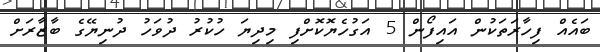
ބައެއް ފިހާރަތަކުން އައިފޯން 5 އަގުހެޔޮކޮށްފި މިދިޔަ ހުކުރު ދުވަހު ދުނިޔޭގެ ބާޒާރަށް